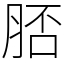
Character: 脴